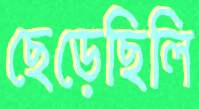
ছেড়েছিলি